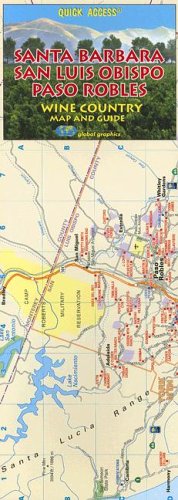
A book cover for Quick Access Santa Barbara, San Luis Obispo and Paso Robles Wine Country Map and Guide (California Wine Region Maps); Global Graphics; Travel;